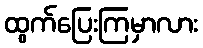
ထွက်ပြေးကြမှာလား